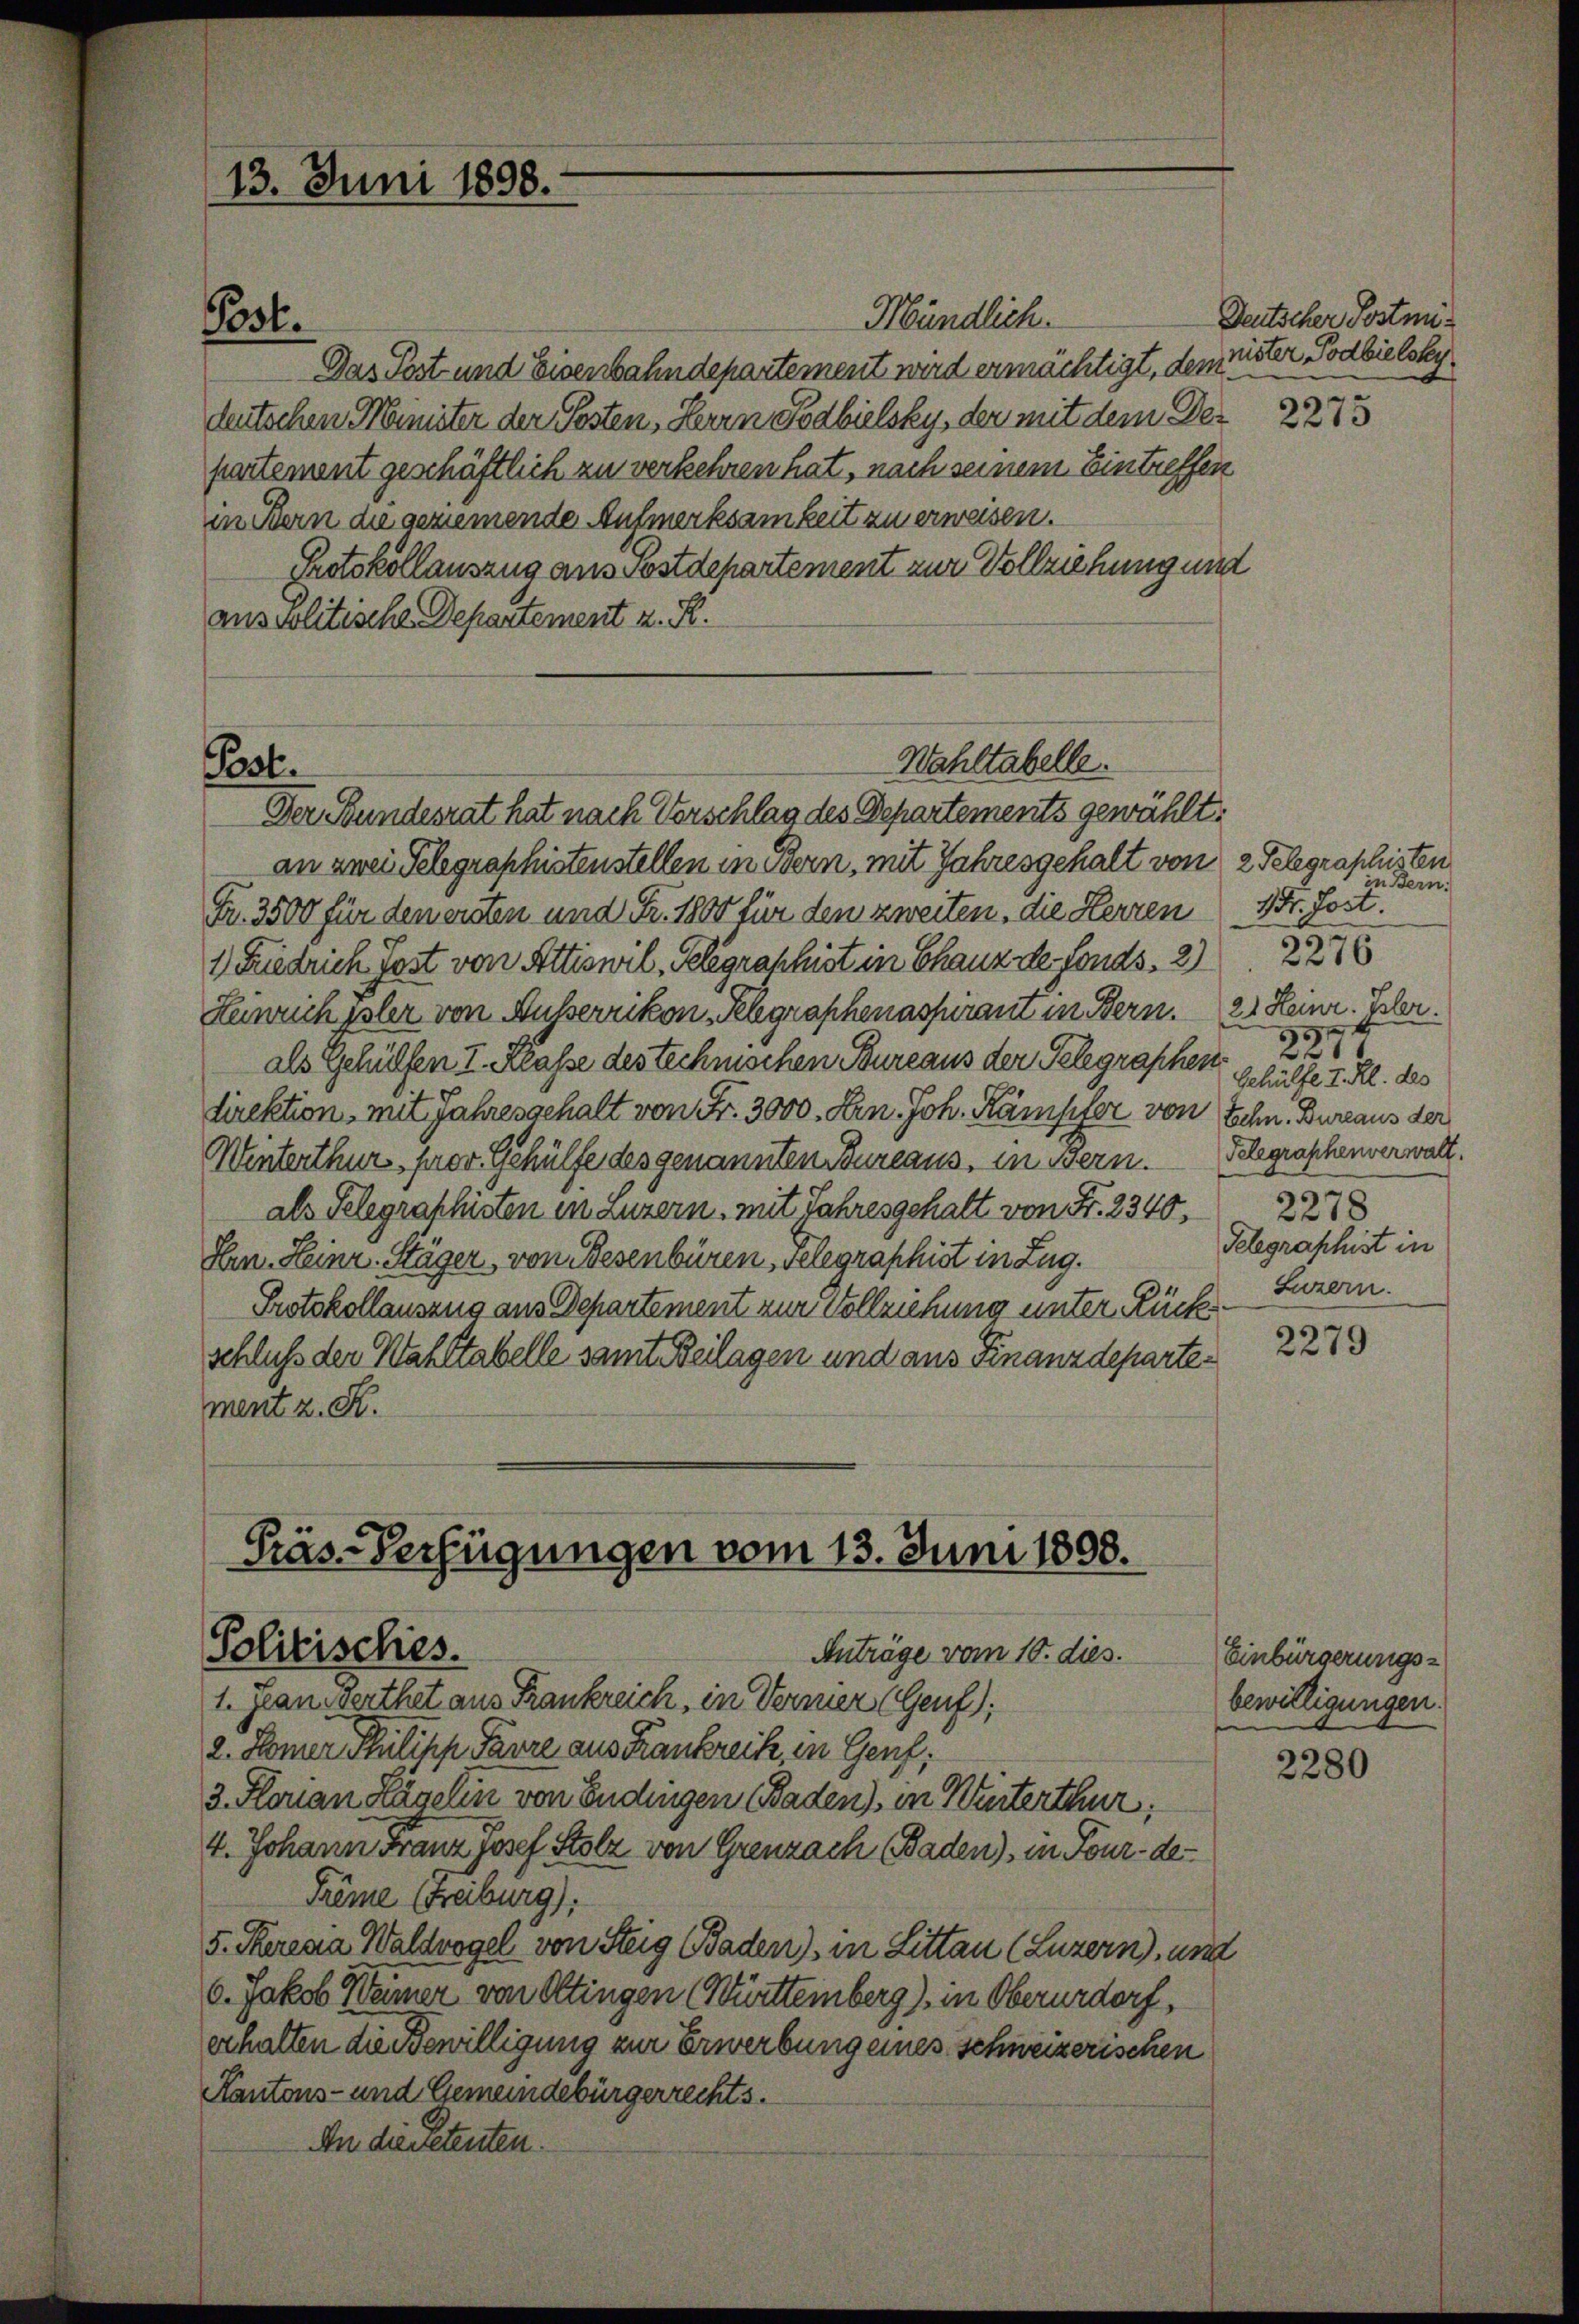
13. Juni 1898.

Mündlich.
Das Post und Eisenbahndepartement wird ermächtigt, dem
deutschen Minister der Posten, Herrn Fodbielsky, der mit dem Der
partement geschäftlich zu verkehren hat, nach seinem Eintreffen
in Bern die geziemende Aufmerksamkeit zu erweisen.
Protokollauszug aus Postdepartement zur Vollziehung und
anspolitische Departement z. R.

Post.

Post.

Wahltabelle.

Der Stundesrat hat nach Vorschlag des Departements gewählt:
an zwei Telegraphistenstellen in Bern, mit Jahresgehalt von 2 Telegraphisten
Fr. 3500 für den ersten und Fr. 1800 für den zweiten, die Herren
1 Fuedrich Jost von Attiswil, Gelegraphist in Chauz der Fonds. 2 227
Heinrich Isler von Äusserrikon Schgraphenaspirant in Bern.
als Gehülfen I. Klasse des technischen Bureaus der Gelegraphen
direktion, mit Jahresgehalt von Fr. 3000. Arn. Joh. Kämpfer von
Winterthur prov. Gehülfe des genannten Bureaus, in Bern.
als Telegraphisten in Luzern, mit Jahresgehalt von Fr. 2340,
Hrn. Heinr. Stäger von Besenbüren, selegraphist in Zug.
Protokollauszug aus Departement zur Vollziehung unter Rückschluß der Waltabelle samt Beilagen und aus Finanzdepartement z. R.

Präs.-Verfügungen vom 13. Juni 1808.
Politisches.
Anträge vom 10. dies.

1. Jean verthet aus Frankreich, in Vernier (Genf),
2. Homer Philipp Saure aus Krankreise, in Genf,
3. Florian Hägelin von Endingen Baden), in Winterthur,
4. Johann Franz Josef Stolz von Grenzach Baden), in Four- de¬
Trême Freiburg)
5. Seresia Waldvogel von Steig Baden) in Littau (Luzern), und
0. Jakob Weiner von Ottingen (Württemberg), in Oberurdorf,
erhalten die Bewilligung zur Erwerbung eines schweizerischen
Kantons- und Gemeindebürgerrechts.
An dienetenten.

Deutscher Postminister Todbielsky

in Bern.
Hr. Jost.
21 Heinr. Isler.
57 x
221
Gehülfe I. Kl. des
Tchn Bureaus der
Telegraphenverwalt.
2278
Telegraphist in
Luzern.

2273

2279

Einbürgerungsbewilligungen.

2280